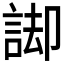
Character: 𮘏